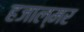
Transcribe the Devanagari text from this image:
हजाल्मर